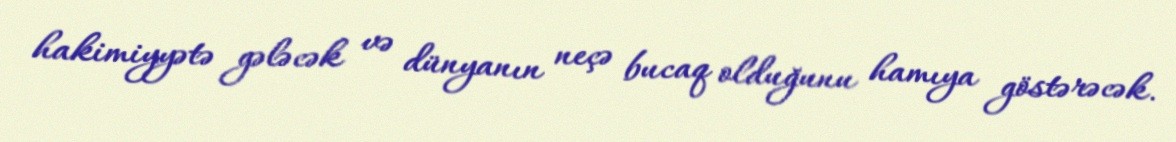
hakimiyyətə gələcək və dünyanın neçə bucaq olduğunu hamıya göstərəcək.